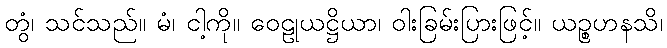
တွံ၊ သင်သည်။ မံ၊ ငါ့ကို။ ဝေဠုယဋ္ဌိယာ၊ ဝါးခြမ်းပြားဖြင့်။ ယဉ္စဟနသိ၊